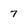
Character: 7